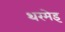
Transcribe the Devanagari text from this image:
थरमेइ